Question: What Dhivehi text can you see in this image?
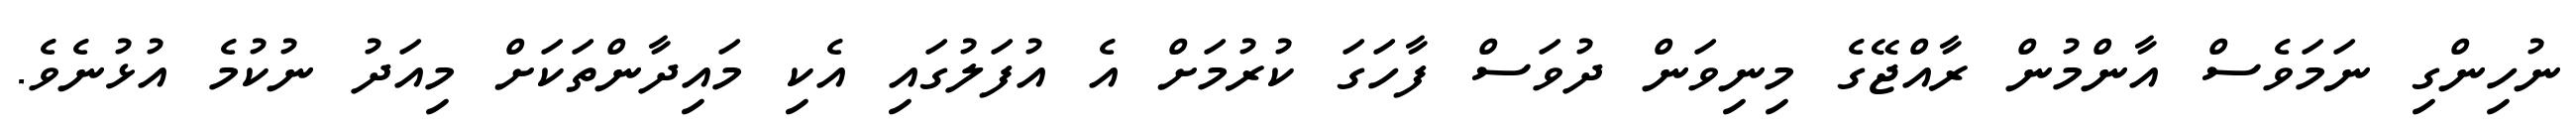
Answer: ނުހިންގި ނަމަވެސް އާންމުން ރާއްޖޭގެ މިނިވަން ދުވަސް ފާހަގަ ކުރުމަށް އެ އުފަލުގައި އެކި މައިދާންތަކަށް މިއަދު ނުކުމެ އުޅުނެވެ.